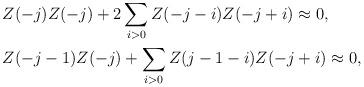
LaTeX: \begin{align*}\begin{aligned}&Z(-j)Z(-j)+2\sum_{i>0}Z(-j-i)Z(-j+i)\approx 0,\\&Z(-j-1)Z(-j)+\sum_{i>0}Z(j-1-i)Z(-j+i)\approx 0,\end{aligned}\end{align*}